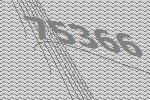
75366